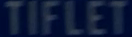
TIFLET